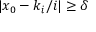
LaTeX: \quad | x _ { 0 } - k _ { i } / i | \geq \delta \quad